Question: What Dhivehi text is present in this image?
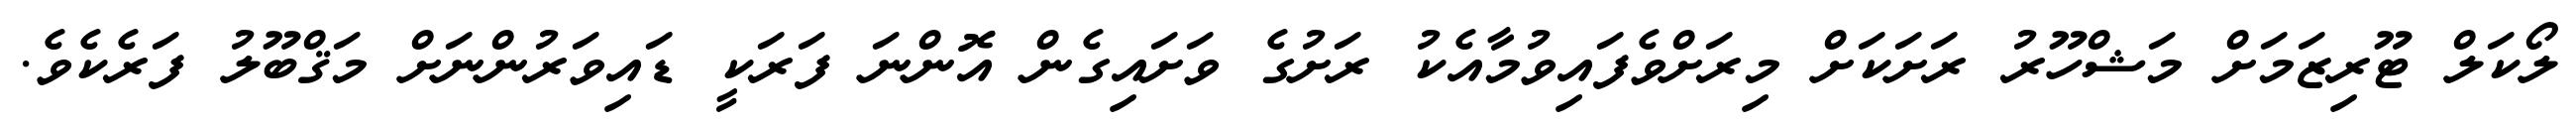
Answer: ލޯކަލް ޓޫރިޒަމަށް މަޝްހޫރު ރަށަކަށް މިރަށްވެފައިވުމާއެކު ރަށުގެ ވަށައިގެން އޮންނަ ފަރަކީ ޑައިވަރުންނަށް މަޤްބޫލު ފަރެކެވެ.